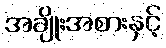
အချိုးအစားနှင့်